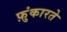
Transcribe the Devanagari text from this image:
फ़ुंकारते